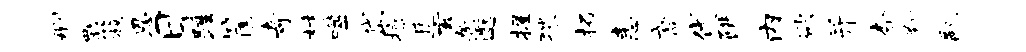
删瓢簇恩日踵筐奇材噬岱掠遁玄翰邈握猥拓恚裔代阱内欲并杏翔翮